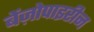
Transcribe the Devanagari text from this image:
बेंज़ोपाइरीन